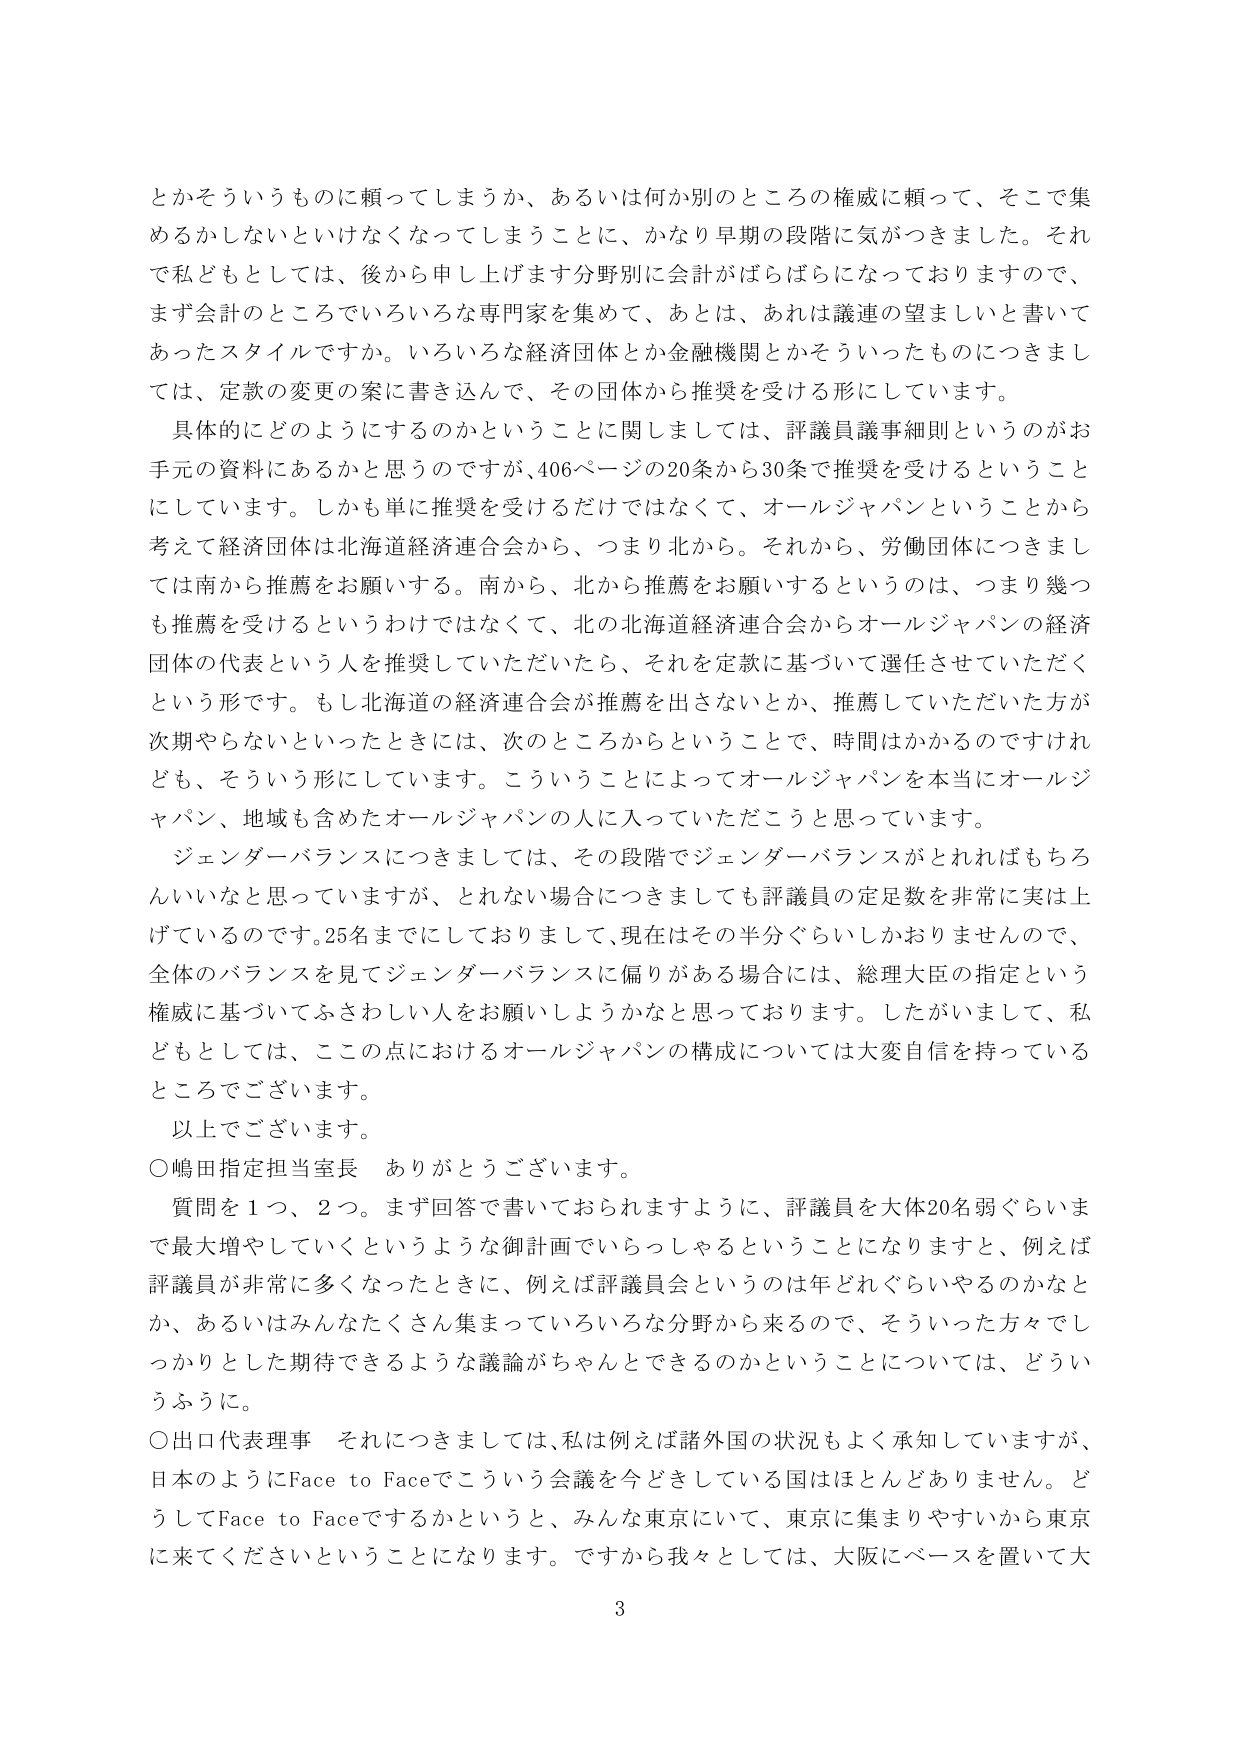
とかそういうものに頼ってしまうか、あるいは何か別のところの権威に頼って、そこで集めるかしないといけなくなってしまうことに、かなり早期の段階に気がつきました。それで私どもとしては、後から申し上げます分野別に会計がばらばらになっておりますので、まず会計のところでいろいろな専門家を集めて、あとは、あれは議連の望ましいと書いてあったスタイルですか。いろいろな経済団体とか金融機関とかそういったものにつきましては、定款の変更の案に書き込んで、その団体から推奨を受ける形にしています。

具体的にどのようにするのかということに関しましては、評議員議事細則というのがお手元の資料にあるかと思うのですが、406ページの20条から30条で推奨を受けるということにしています。しかも単に推奨を受けるだけではなくて、オールジャパンということから考えて経済団体は北海道経済連合会から、つまり北から。それから、労働団体につきましては南から推薦をお願いする。南から、北から推薦をお願いするというのは、つまり幾つも推薦を受けるというわけではなくて、北の北海道経済連合会からオールジャパンの経済団体の代表という人を推奨していただいたら、それを定款に基づいて選任させていただくという形です。もし北海道の経済連合会が推薦を出さないとか、推薦していただいた方が次期やらないといったときには、次のところからということで、時間はかかるのですけれども、そういう形にしています。こういうことによってオールジャパンを本当にオールジャパン、地域も含めたオールジャパンの人に入っていただこうと思っています。

ジェンダーバランスにつきましては、その段階でジェンダーバランスがとれればもちろんいいなと思っていますが、とれない場合につきましても評議員の定足数を非常に実は上げているのです。25名までにしておりまして、現在はその半分ぐらいしかおりませんので、全体のバランスを見てジェンダーバランスに偏りがある場合には、総理大臣の指定という権威に基づいてささわしい人をお願いしようかなと思っております。したがいまして、私どもとしては、この点におけるオールジャパンの構成については大変自信を持っているところでございます。

以上でございます。

○嶋田指定担当室長　ありがとうございます。

質問を1つ、2つ。まず回答で書いておられますように、評議員を大体20名弱ぐらいまで最大増やしていくというような御計画でいらっしゃるということになりますと、例えば評議員が非常に多くなったときに、例えば評議員会というのは年どれぐらいやるのかとか、あるいはみんなたくさん集まっていろいろな分野から来るので、そういった方々でしっかりとした期待できるような議論がちゃんとできるのかということについては、どういうふうに。

○出口代表理事　それにつきましては、私は例えば諸外国の状況もよく承知していますが、日本のようにFace to Faceでこういう会議を今どきしている国はほとんどありません。どうしてFace to Faceをするかというと、みんな東京にいて、東京に集まりやすいから東京に来てくださいということになります。ですから我々としては、大阪にベースを置いて大

3